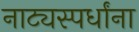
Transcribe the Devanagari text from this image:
नाट्यस्पर्धांना